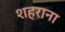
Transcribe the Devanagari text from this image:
शहराना